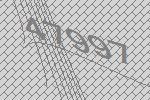
47997